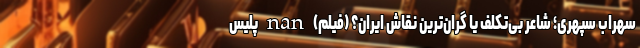
سهراب سپهری؛ شاعر بی‌تکلف یا گران‌ترین نقاش ایران؟ (فیلم) nan پلیس